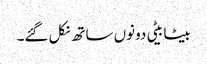
بیٹا بیٹی دونوں ساتھ نکل گئے۔